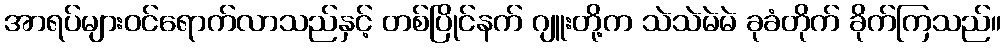
အာရပ်များဝင်ရောက်လာသည်နှင့် တစ်ပြိုင်နက် ဂျူးတို့က သဲသဲမဲမဲ ခုခံတိုက် ခိုက်ကြသည်။